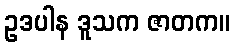
ဥဒပါန ဒူသက ဇာတက။